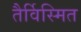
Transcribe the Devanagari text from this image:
तैर्विस्मित